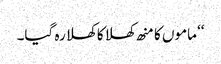
‘‘ ماموں کا منھ کھلا کا کھلا رہ گیا۔